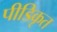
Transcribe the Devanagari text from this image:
पीडिकृत